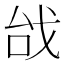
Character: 𢦯